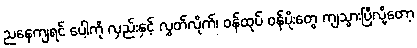
ညနေကျရင် ပေါ့ကို လှည်းနှင့် လွှတ်လိုက်၊ ဝန်ထုပ် ဝန်ပိုးတွေ ကျသွားပြီလို့တော့